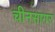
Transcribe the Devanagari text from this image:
चीनसागर